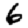
Digit: 6